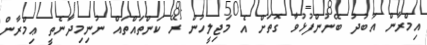
އިމްރާން އަބުދު ބޭނުންފުޅުވާ ގޮތަށް އެ މަޖިލީހުން ރޭ ކަންތައްތައް ނުނިމިދާނެތީ ޢިމްރާން